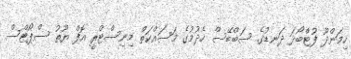
ހިމަންދޫ ފުޓްބޯޅަ ދަނޑުގެ ސަބްބޭސް ހެދުމުގެ މަސައްކަތް މިނިސްޓްރީ އޮފް ޔޫތު ސްޕޯޓްސް